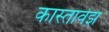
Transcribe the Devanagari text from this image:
कास्तावेझ